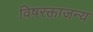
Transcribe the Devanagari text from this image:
विषरक्ताजन्य